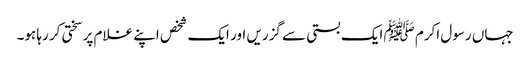
جہاں رسول اکرم ﷺ ایک بستی سے گزریں اور ایک شخص اپنے غلام پر سختی کر رہا ہو۔